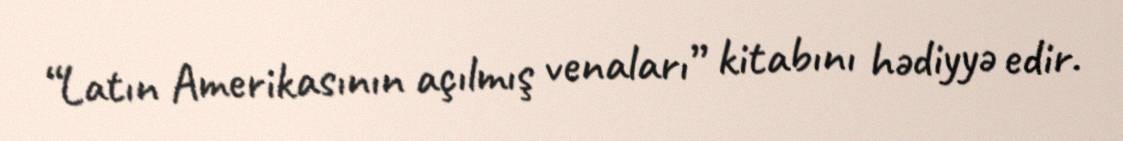
“Latın Amerikasının açılmış venaları” kitabını hədiyyə edir.